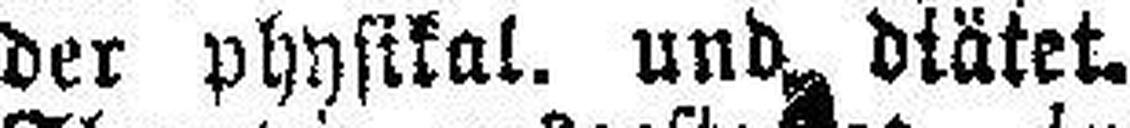
der physikal. und diätet.